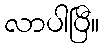
လာပါပြီ။